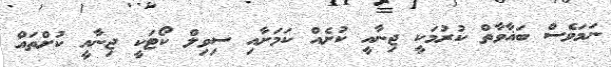
ނަމަވެސް ބަޣާވާތް ކުރުމަކީ ޖިނާއީ ކުށެއް ކަމަށާއި ސިވިލް ކޯޓަކީ ޖިނާއީ ކުށްތައް